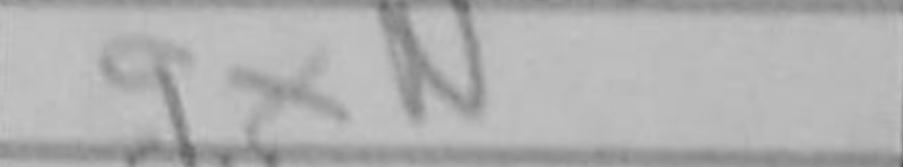
Transcription: gxN